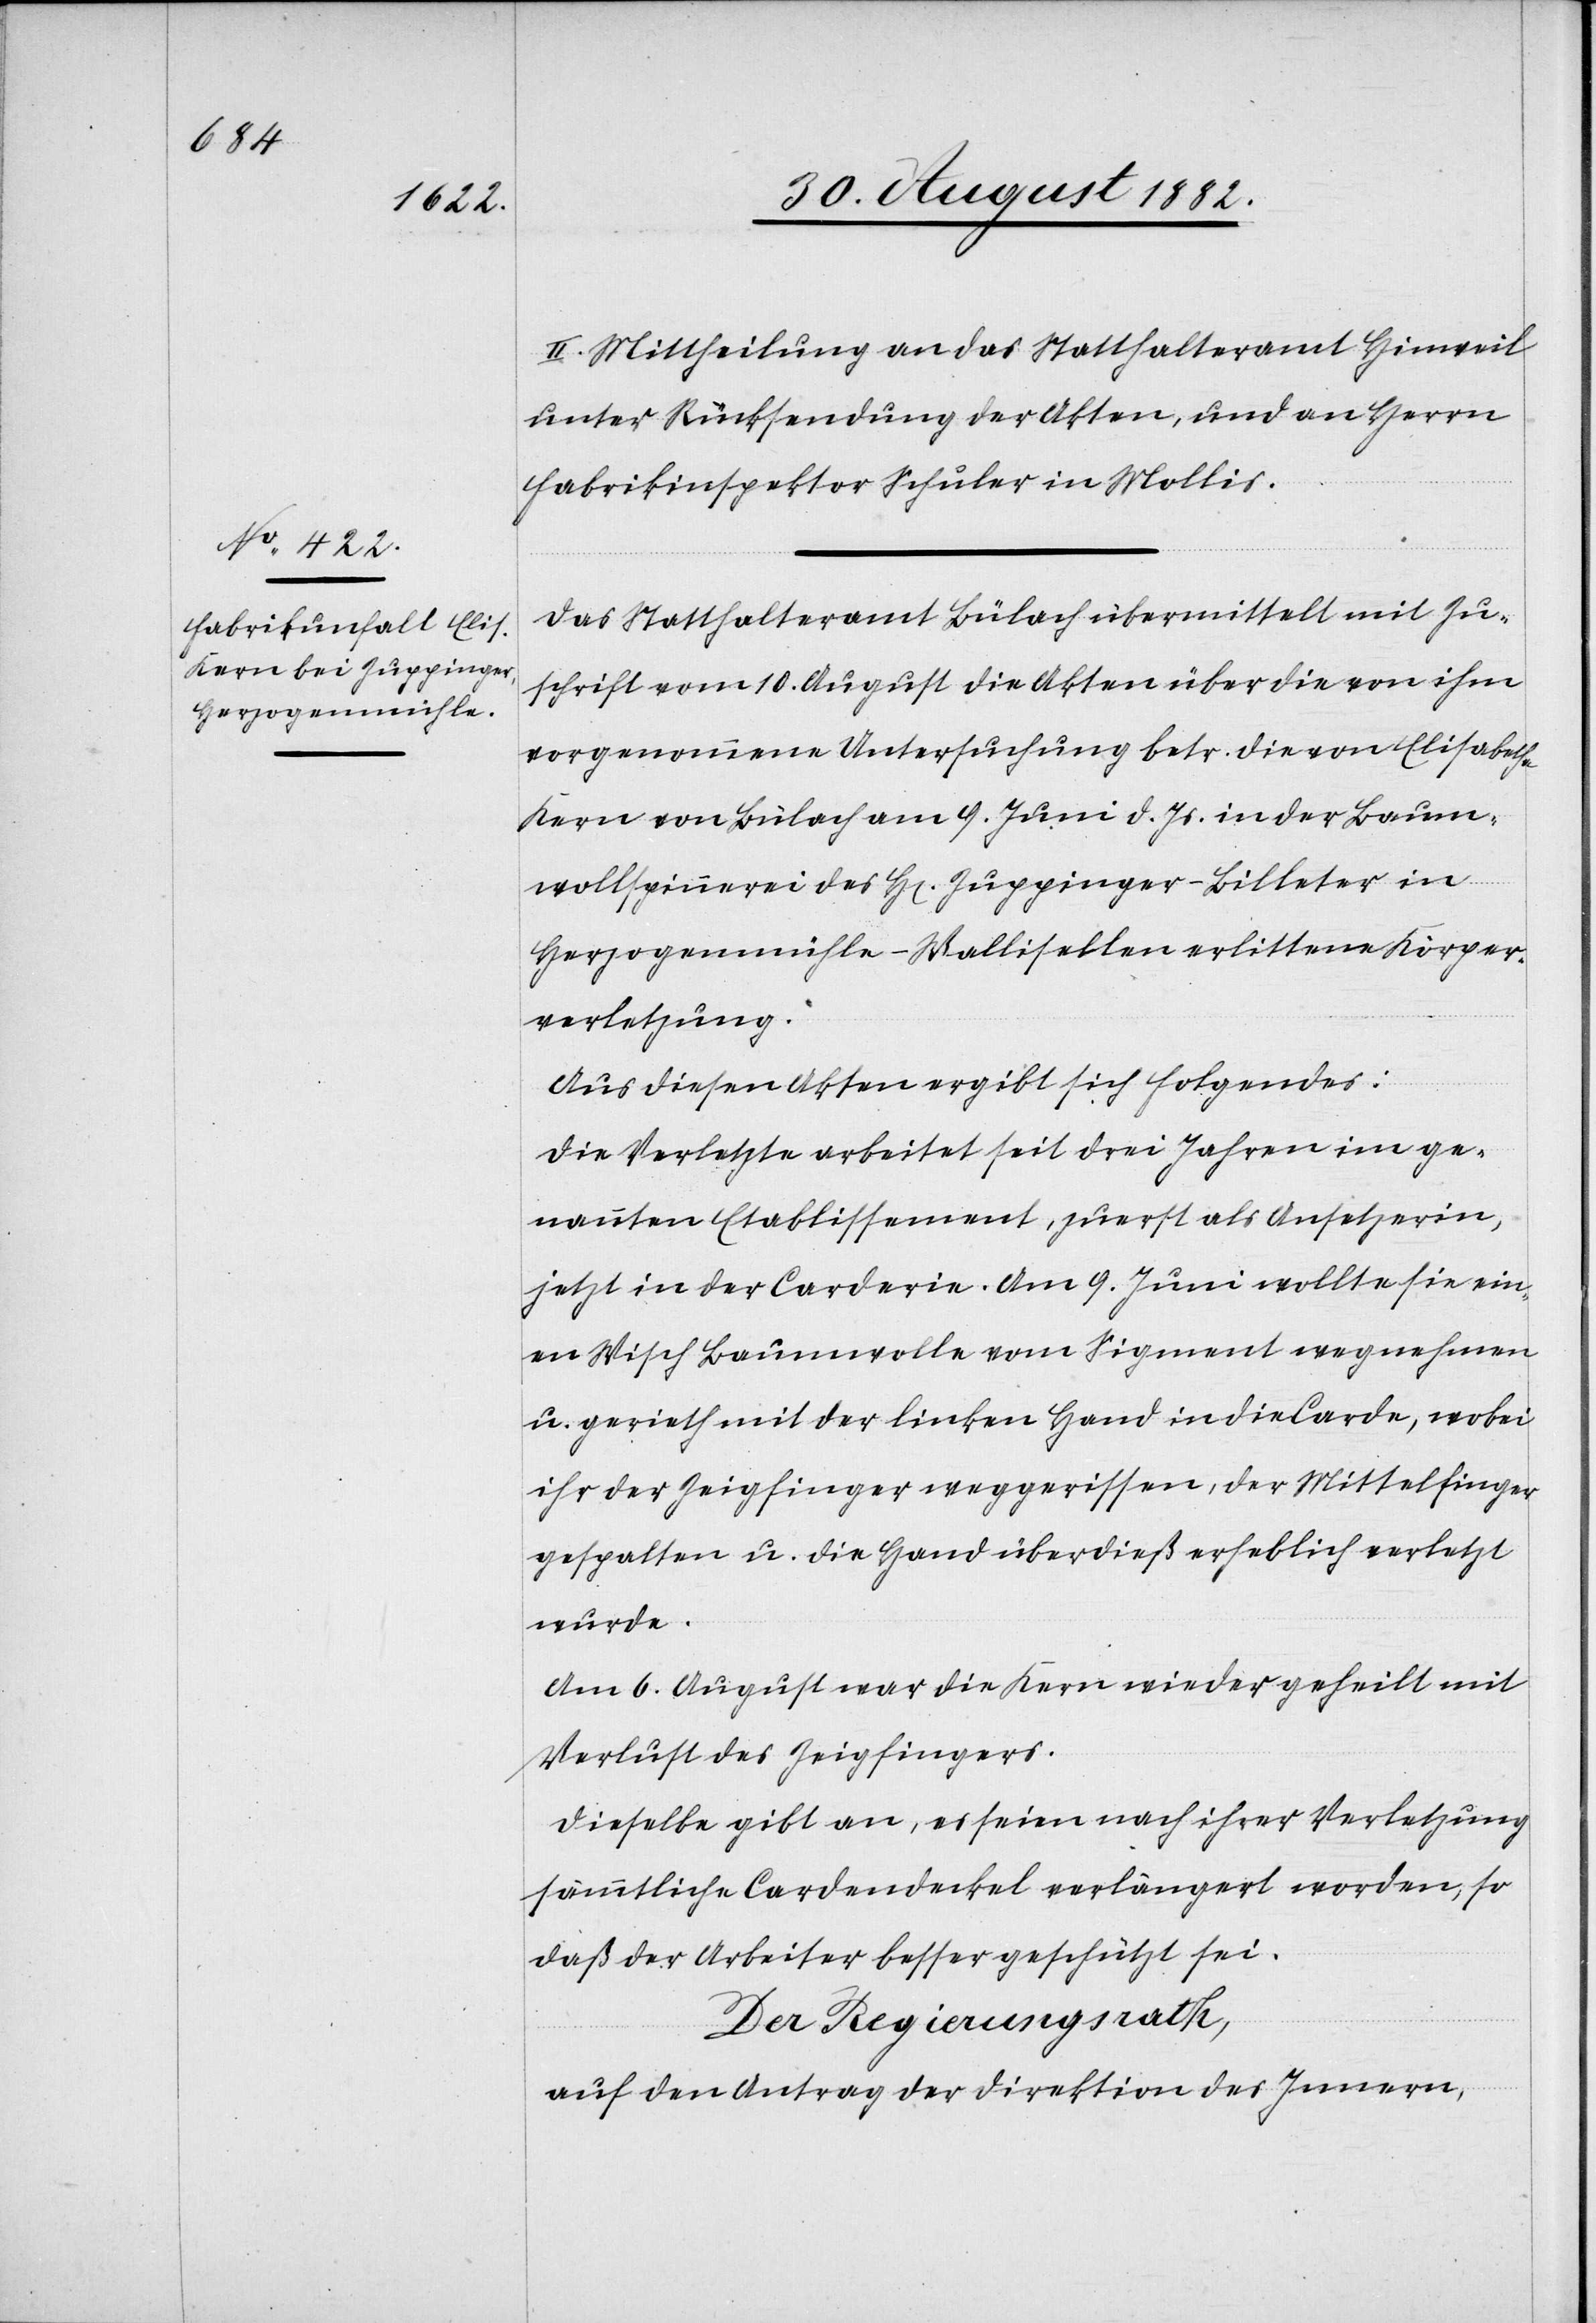
II. Mittheilung an das Statthalteramt Hinweil
unter Rücksendung der Akten, und an Herrn
Fabrikinspektor Schuler in Mollis.
Das Statthalteramt Bülach übermittelt mit Zu¬
schrift vom 10. August die Akten über die von ihm
vorgenommene Untersuchung betr. die von Elisabetha
Kern von Bülach am 9. Juni d. Js. in der Baum¬
wollspinnerei des H[erren] Zuppinger-Billeter in
Herzogenmühle - Wallisellen erlittene Körper¬
verletzung.
Aus diesen Akten ergibt sich Folgendes:
Die Verletzte arbeitet seit drei Jahren im ge¬
nannten Etablissement, zuerst als Ansetzerin,
jetzt in der Carderie. Am 9. Juni wollte sie ein¬
en Wisch Baumwolle vom Sigment wegnehmen
u. gerieth mit der linken Hand in die Carde, wobei
ihr der Zeigfinger weggerissen, der Mittelfinger
gespalten u. die Hand überdieß erheblich verletzt
wurde.
Am 6. August war die Kern wieder geheilt mit
Verlust des Zeigfingers.
Dieselbe gibt an, es seien nach ihrer Verletzung
sämmtliche Cardendeckel verlängert worden, so
daß der Arbeiter besser geschützt sei.
Der Regierungsrath,
auf den Antrag der Direktion des Innern,